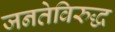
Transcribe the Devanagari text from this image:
जनतेविरुद्ध